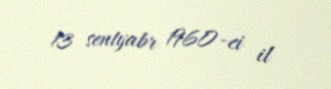
13 sentyabr 1960-ci il